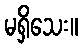
မရှိသေး။